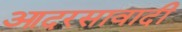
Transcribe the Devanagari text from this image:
आदरसावादी